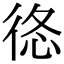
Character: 𢓿